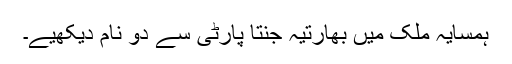
ہمسایہ ملک میں بھارتیہ جنتا پارٹی سے دو نام دیکھیے۔